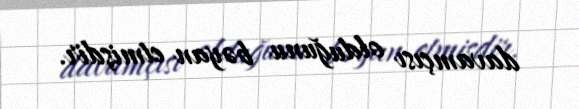
davamçısı olduğunu bəyan etmişdir.